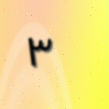
٣